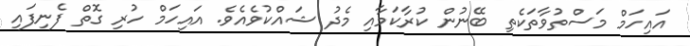
އައިހަމް މަސްތުވާތަކެތި ބޭނުން ކުރާކަމާއި މެދު ޝައްކުވެއެވެ. އައިހަމް ހުރި ގޮތް ފެނިފައި